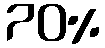
70%